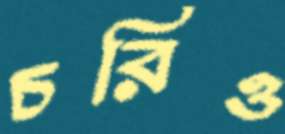
চরিও